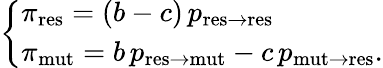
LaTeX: \left\{ \begin{array}{ll}{\pi_{\mathrm{res}}=(b-c)\, p_{\mathrm{res\to res}}}\\ {\pi_{\mathrm{mut}}=b\, p_{\mathrm{res\to mut}}-c\, p_{\mathrm{mut\to res}}.}\end{array}\right.